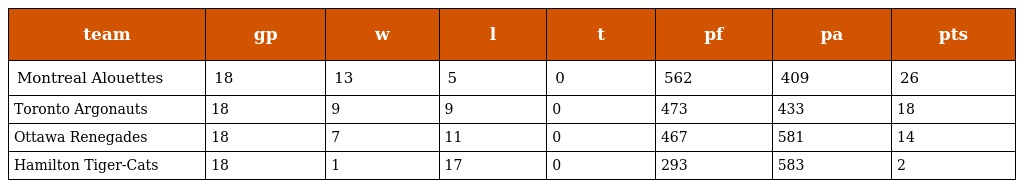
| team | gp | w | l | t | pf | pa | pts |
 | --- | --- | --- | --- | --- | --- | --- | --- |
 | Montreal Alouettes | 18 | 13 | 5 | 0 | 562 | 409 | 26 |
 | Toronto Argonauts | 18 | 9 | 9 | 0 | 473 | 433 | 18 |
 | Ottawa Renegades | 18 | 7 | 11 | 0 | 467 | 581 | 14 |
 | Hamilton Tiger-Cats | 18 | 1 | 17 | 0 | 293 | 583 | 2 |